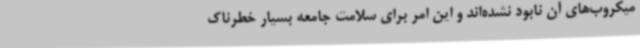
میکروب‌های آن نابود نشده‌اند و این امر برای سلامت جامعه بسیار خطرناک